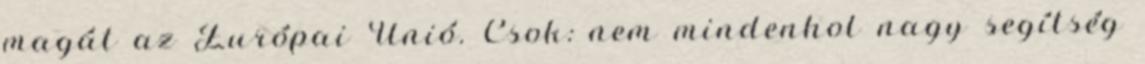
magát az Európai Unió. Csok: nem mindenhol nagy segítség